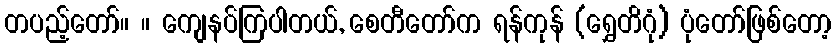
တပည့်တော်။ ။ ကျေနပ်ကြပါတယ်, စေတီတော်က ရန်ကုန် (ရွှေတိဂုံ) ပုံတော်ဖြစ်တော့